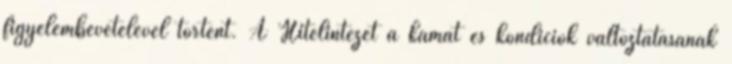
figyelembevételével történt. A Hitelintézet a kamat és kondíciók változtatásának